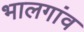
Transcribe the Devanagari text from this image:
भालगांव